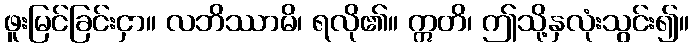
ဖူးမြင်ခြင်းငှာ။ လဘိဿာမိ၊ ရလို၏။ ဣတိ၊ ဤသို့နှလုံးသွင်း၍။